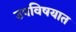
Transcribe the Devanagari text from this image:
उपविषयात